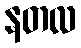
နတလ